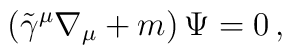
\left( \tilde{\gamma}^{\mu}\nabla_{\mu} + m \right) \Psi=0\,,